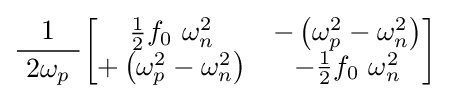
{\frac {1}{\ 2\omega _{p}\ }}{\begin{bmatrix}{\frac {1}{2}}f_{0}\ \omega _{n}^{2}&-\left(\omega _{p}^{2}-\omega _{n}^{2}\right)\\+\left(\omega _{p}^{2}-\omega _{n}^{2}\right)&-{\frac {1}{2}}f_{0}\ \omega _{n}^{2}\end{bmatrix}}\